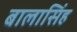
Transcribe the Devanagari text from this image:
बालासिंह